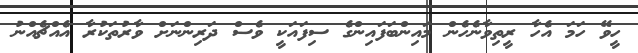
ހީވޭ ހަމަ އެހާ ރީތިވާނެހެން މައިންބަފައިންގެ ސިފައަކީ ވެސް ދަރިންނަށް ވާރުތަކުރާ އެއްޗެއްނު